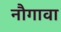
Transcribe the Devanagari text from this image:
नौगावा